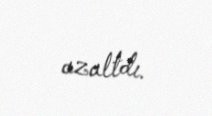
azaltdı.